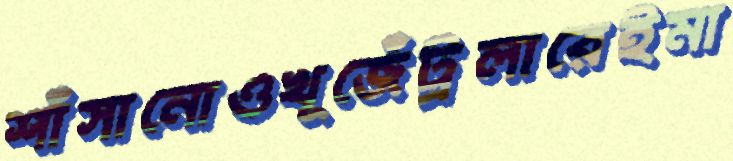
শাঁসানোওখূজেঁট্রলারেইমা